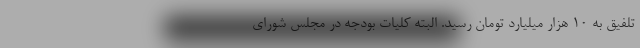
تلفیق به ۱۰ هزار میلیارد تومان رسید. البته کلیات بودجه در مجلس شورای